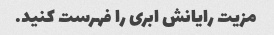
مزیت رایانش ابری را فهرست کنید.